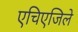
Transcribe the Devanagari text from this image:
एचिएजिले